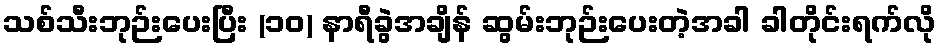
သစ်သီးဘုဉ်းပေးပြီး (၁၀) နာရီခွဲအချိန် ဆွမ်းဘုဉ်းပေးတဲ့အခါ ခါတိုင်းရက်လို